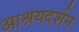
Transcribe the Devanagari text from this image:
आश्रयदर्शन